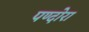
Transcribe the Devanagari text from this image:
पण्दोरा